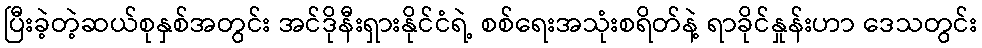
ပြီးခဲ့တဲ့ဆယ်စုနှစ်အတွင်း အင်ဒိုနီးရှားနိုင်ငံရဲ့ စစ်ရေးအသုံးစရိတ်နဲ့ ရာခိုင်နှုန်းဟာ ဒေသတွင်း